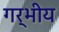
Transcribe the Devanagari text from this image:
गर्भीय